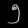
Digit: ၅